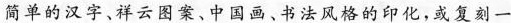
简单的汉字、祥云图案、中国画、书法风格的印化，或复刻一